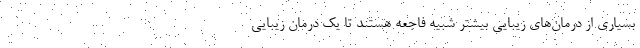
بسیاری از درمان‌های زیبایی بیشتر شبیه فاجعه هستند تا یک درمان زیبایی